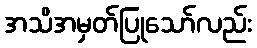
အသိအမှတ်ပြုသော်လည်း